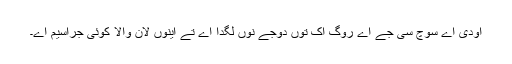
اودی اے سوچ سی جے اے روگ اک توں دوجے نوں لگدا اے تے اینوں لان والا کوئی جراسیم اے۔